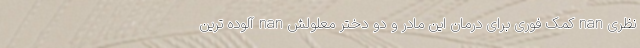
نظری nan کمک فوری برای درمان این مادر و دو دختر معلولش nan آلوده ترین